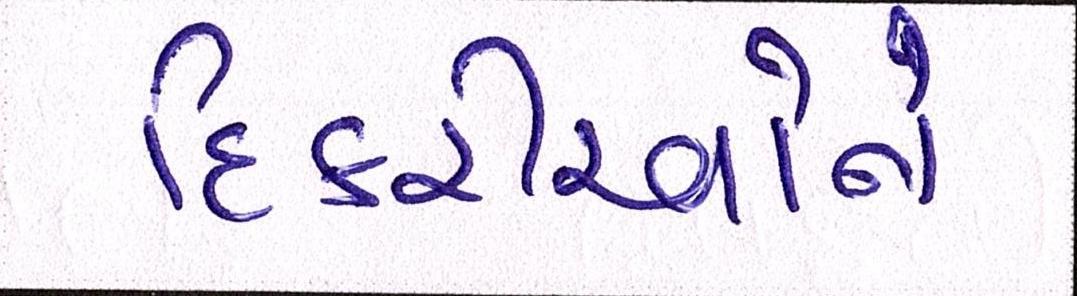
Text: દિકરીઓને